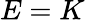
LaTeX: E=K